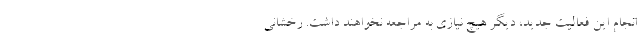
انجام این فعالیت جدید، دیگر هیچ نیازی به مراجعه نخواهند داشت. رخشانی